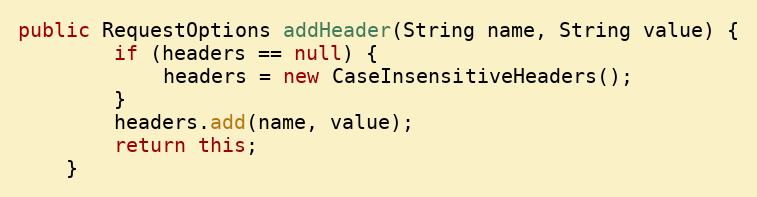
Language: Java
public RequestOptions addHeader(String name, String value) {
        if (headers == null) {
            headers = new CaseInsensitiveHeaders();
        }
        headers.add(name, value);
        return this;
    }